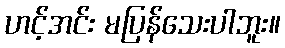
ဟင့်အင်း မပြန်သေးပါဘူး။